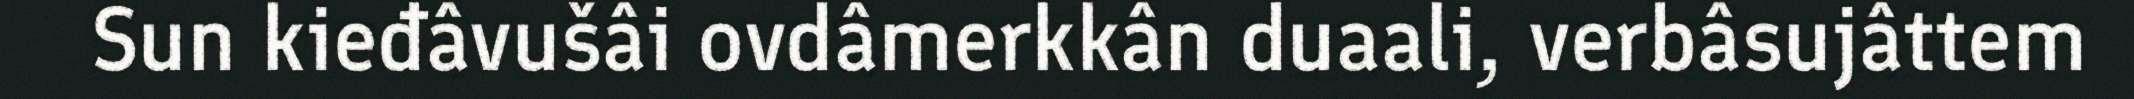
Sun kieđâvušâi ovdâmerkkân duaali, verbâsujâttem